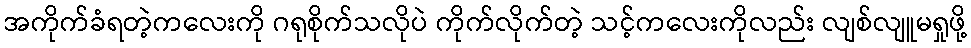
အကိုက်ခံရတဲ့ကလေးကို ဂရုစိုက်သလိုပဲ ကိုက်လိုက်တဲ့ သင့်ကလေးကိုလည်း လျစ်လျူမရှုဖို့